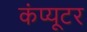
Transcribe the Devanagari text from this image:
कंंप्यूटर